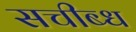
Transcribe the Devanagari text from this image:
सचीब्ध